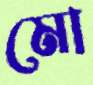
মো